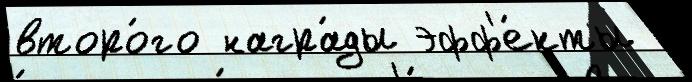
второ́го награ́ды эфф'е́кты